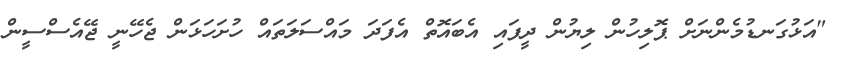
"އަޅުގަނޑުމެންނަށް ޕޮލިހުން ލިޔުން ދީފައި އެބައޮތް އެފަދަ މައްސަލަތައް ހުށަހަޅަން ޖެހޭނީ ޖޭއެސްސީން